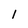
Character: 1